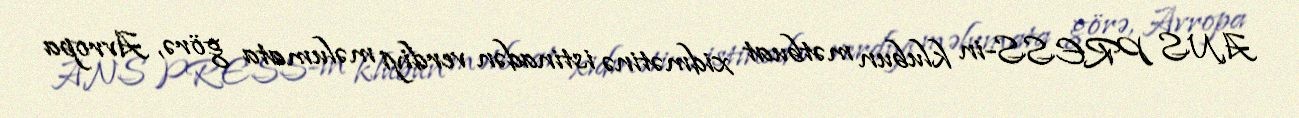
ANS PRESS-in klubun mətbuat xidmətinə istinadən verdiyi məlumata görə, Avropa